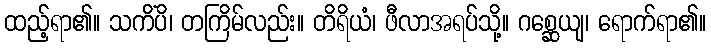
ထည့်ရာ၏။ သကိံပိ၊ တကြိမ်လည်း။ တိရိယံ၊ ဖီလာအရပ်သို့။ ဂစ္ဆေယျ၊ ရောက်ရာ၏။